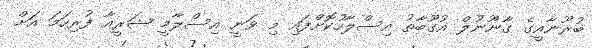
ބުރޫނާއީގެ ގާނޫނުލް އުގޫބާތު އިސްލާހުކޮށްފައި މި ވަނީ އިސްލާމީ ޝަރީއާ ފުރިހަމަ އަށް